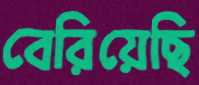
বেরিয়েছি